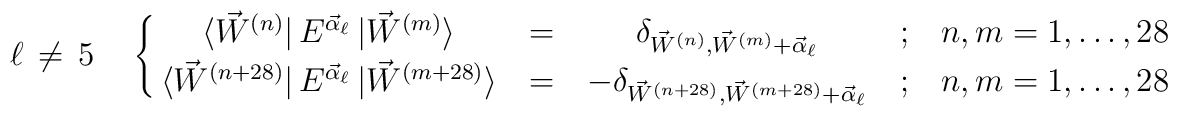
\ell \, \neq \, 5 \quad \,\Biggl \{ \matrix {\langle {\vec W}^{(n)} \vert\, E^{\vec \alpha_{\ell}}\, \vert{\vec W}^{(m)}\rangle & = & \delta_{{\vec W}^{(n)},{\vec W}^{(m)}+{\vec \alpha}_\ell} &;& n,m=1,\dots, 28 \cr\langle {\vec W}^{(n+28)} \vert\, E^{\vec \alpha_{\ell}}\, \vert{\vec W}^{(m+28)}\rangle & = & -\delta_{{\vec W}^{(n+28)},{\vec W}^{(m+28)}+{\vec \alpha}_\ell} & ; & n,m=1,\dots, 28 \cr }